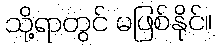
သို့ရာတွင် မဖြစ်နိုင်။